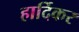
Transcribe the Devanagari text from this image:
हार्दिकर